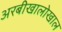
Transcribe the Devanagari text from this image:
अरबीखालोखाल